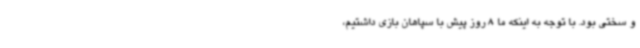
و سختی بود. با توجه به اینکه ما 8 روز پیش با سپاهان بازی داشتیم،